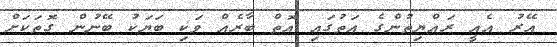
އޭރު އެއީ ރައްޔިތުންގެ އަތުގައި އޮތް ބާރެއް ވަކި ބަޔަކު ބޭނުން ގޮތަކަށް